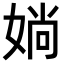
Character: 𡞀